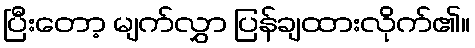
ပြီးတော့ မျက်လွှာ ပြန်ချထားလိုက်၏။